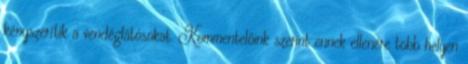
kényszerítik a vendéglátósokat. Kommentelőink szerint ennek ellenére több helyen